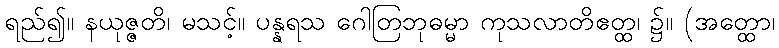
ရည်၍။ နယုဇ္ဇတိ၊ မသင့်။ ပန္နရသ ဂေါတြဘုဓမ္မာ ကုသလာတိဧတ္ထ၊ ၌။ (အတ္ထော၊